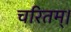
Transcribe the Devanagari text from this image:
चरितम्।